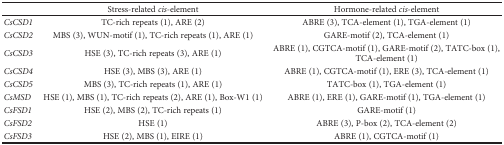
|  | Stress-related cis-element | Hormone-related cis-element |
 | --- | --- | --- |
 | CsCSD1 | TC-rich repeats (1), ARE (2) | ABRE (3), TCA-element (1), TGA-element (1) |
 | CsCSD2 | MBS (3), WUN-motif (1), TC-rich repeats (1), ARE (1) | GARE-motif (2), TCA-element (1) |
 | CsCSD3 | HSE (3), TC-rich repeats (3), ARE (1) | ABRE (1), CGTCA-motif (1), GARE-motif (2), TATC-box (1), TCA-element (1) |
 | CsCSD4 | HSE (3), MBS (3), ARE (1) | ABRE (1), CGTCA-motif (1), ERE (3), TCA-element (1) |
 | CsCSD5 | MBS (3), TC-rich repeats (1), ARE (1) | TATC-box (1), TGA-element (1) |
 | CsMSD | HSE (1), MBS (1), TC-rich repeats (2), ARE (1), Box-W1 (1) | ABRE (1), ERE (1), GARE-motif (1), TGA-element (1) |
 | CsFSD1 | HSE (2), MBS (2), TC-rich repeats (1) | GARE-motif (1) |
 | CsFSD2 | HSE (1) | ABRE (3), P-box (2), TCA-element (2) |
 | CsFSD3 | HSE (2), MBS (1), EIRE (1) | ABRE (1), CGTCA-motif (1) |